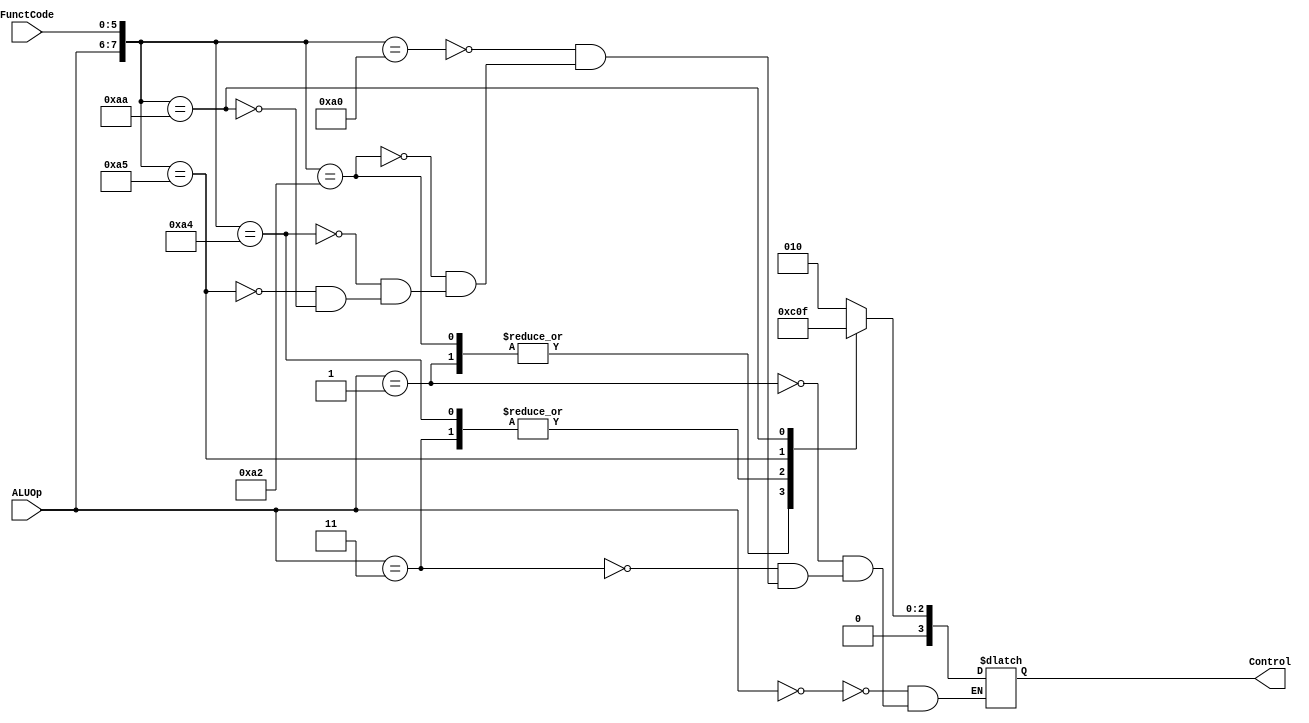
`timescale 1ns / 1ps
//////////////////////////////////////////////////////////////////////////////////
// Company: 
// Engineer: 
// 
// Design Name: 
// Module Name: ALUControl
// Project Name: 
// Target Devices: 
// Tool Versions: 
// Description: 
// 
// Dependencies: 
// 
// Revision:
// Revision 0.01 - File Created
// Additional Comments:
// 
//////////////////////////////////////////////////////////////////////////////////


module ALUControl(Control, ALUOp, FunctCode);
input [1:0] ALUOp;
input [5:0] FunctCode;
output reg[3:0] Control;
wire [7:0] alufunc;
assign alufunc = {ALUOp, FunctCode};
always @(alufunc) begin
    casez (alufunc) 
        8'b00??????: Control <= 2;
        8'b01??????: Control <= 6;
        8'b11??????: Control <= 0;
        8'b10100000: Control <= 2;
        8'b10100010: Control <= 6;
        8'b10100100: Control <= 0;
        8'b10100101: Control <= 1;
        8'b10101010: Control <= 7;
    endcase
end
endmodule